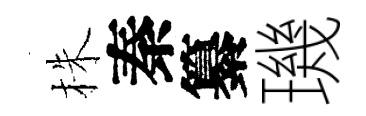
株秦纂璣